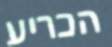
הכריע